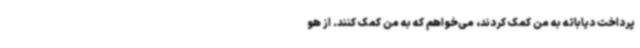
پرداخت دیاباته به من کمک کردند، می‌خواهم که به من کمک کنند. از هو